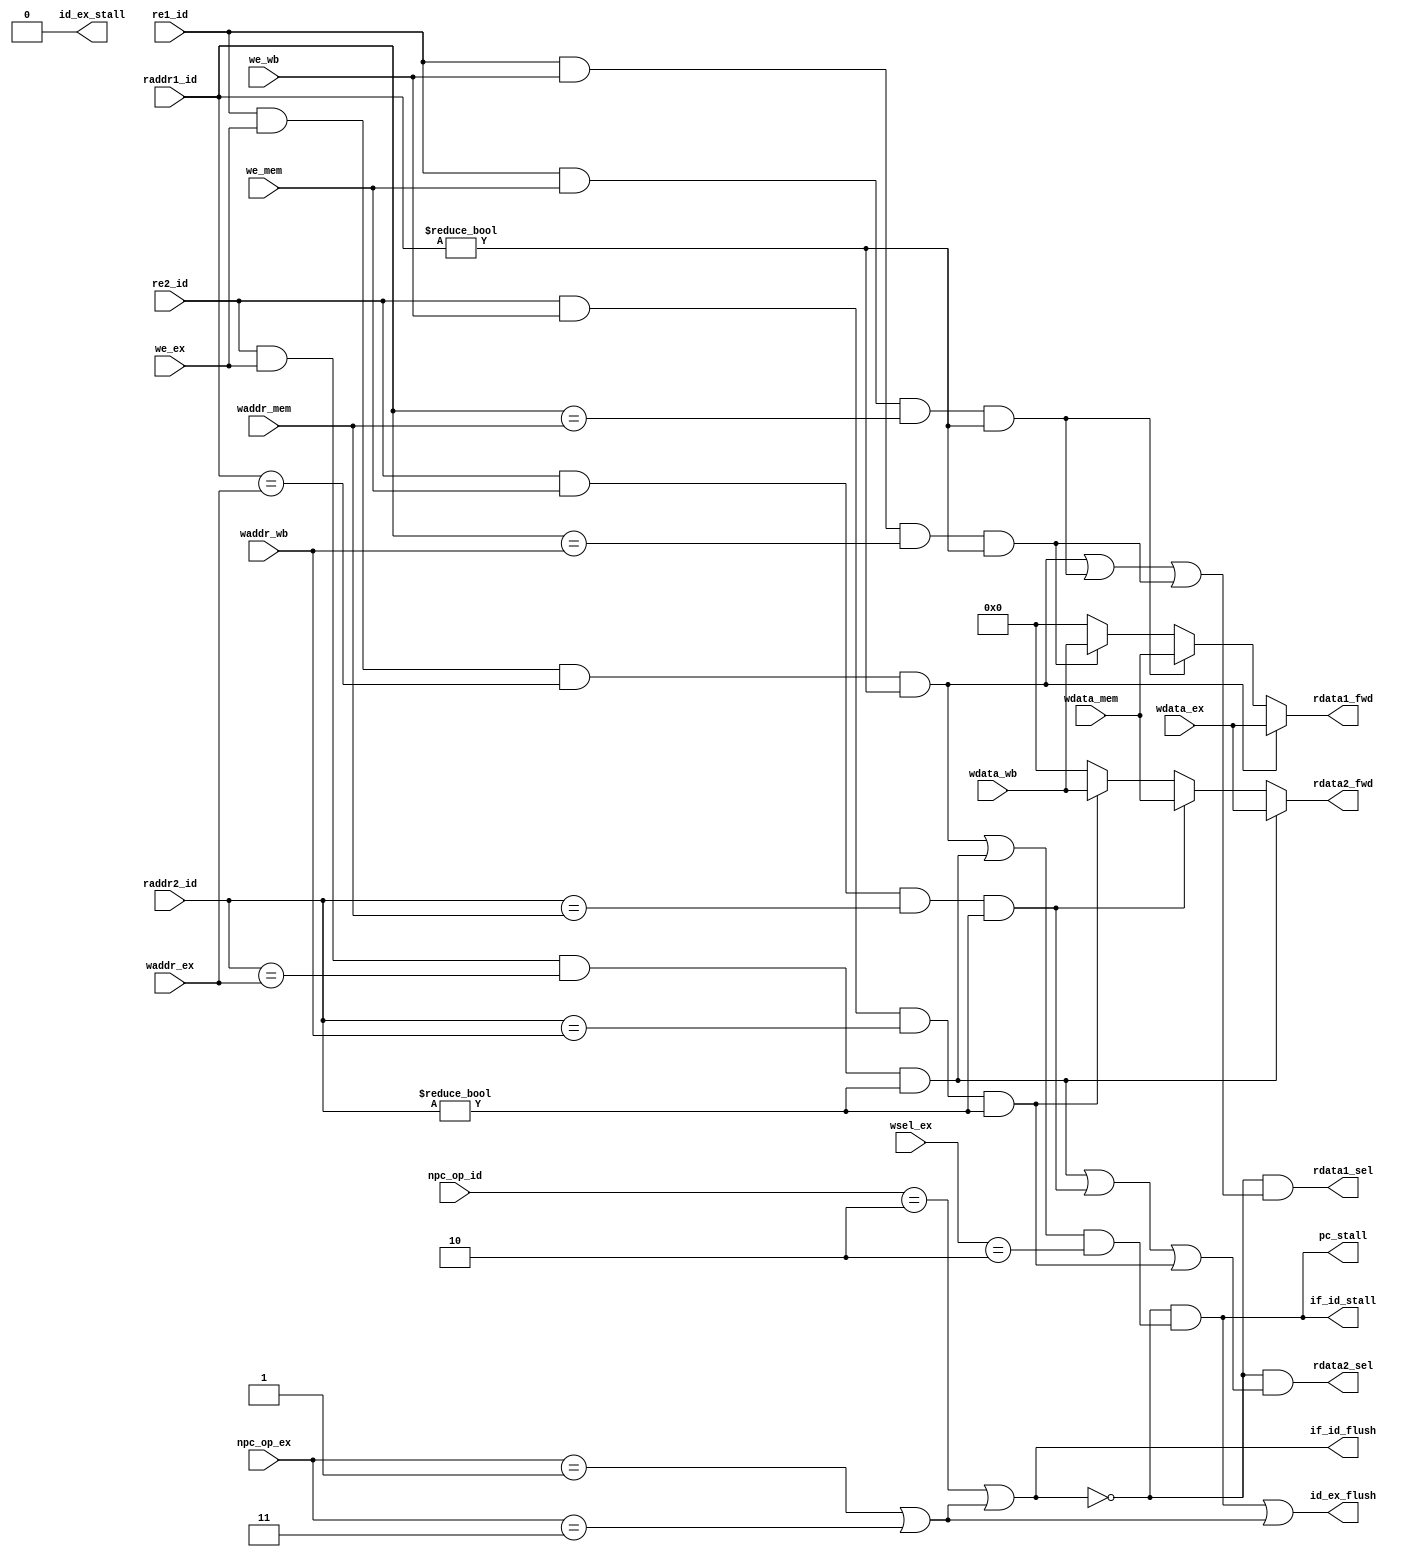
`timescale 1ns / 1ps

module hazard_unit (
    input wire [1:0] npc_op_id,
    input wire re1_id,
    input wire re2_id,
    input wire [4:0] raddr1_id,
    input wire [4:0] raddr2_id,

    input wire [1:0] npc_op_ex,
    input wire we_ex,
    input wire [1:0] wsel_ex,
    input wire [4:0] waddr_ex,
    input wire [31:0] wdata_ex,

    input wire we_mem,
    input wire [4:0] waddr_mem,
    input wire [31:0] wdata_mem,

    input wire we_wb,
    input wire [4:0] waddr_wb,
    input wire [31:0] wdata_wb,

    output wire pc_stall,
    output wire if_id_stall,
    output wire if_id_flush,
    output wire id_ex_stall,
    output wire id_ex_flush,

    output wire rdata1_sel,
    output wire rdata2_sel,
    output reg [31:0] rdata1_fwd,
    output reg [31:0] rdata2_fwd
);

    /*
        [Data Hazard (Without Forwarding)]
        InstA: PC (Write Reg)
        InstB: PC+4 (Read Reg)
        | PC            | IF->ID REG    | ID->EX REG    | EX->MEM REG    | MEM->WB REG    |
        | InstC         | InstB         | InstA         |                |                |
        | InstC(Stall)  | InstB(Stall)  | Bubble(Flush) | InstA          |                |
        | InstC(Stall)  | InstB(Stall)  | Bubble(Flush) | Bubble         | InstA          |
        | InstC(Stall)  | InstB(Stall)  | Bubble(Flush) | Bubble         | Bubble         |
        | InstD         | InstC         | InstB         | Bubble         | Bubble         |

        [Control Hazard (jal)]
        InstA: PC (jal)
        InstB: PC+4
        InstB': PC+offset
        | PC            | IF->ID REG    | ID->EX REG    | EX->MEM REG    | MEM->WB REG    |
        | InstB         | InstA         |               |                |                |
        | InstB'        | Bubble(Flush) | InstA         |                |                |
        | InstC'        | InstB'        | Bubble        | InstA          |                |

        [Control Hazard (B, jalr)]
        | PC            | IF->ID REG    | ID->EX REG    | EX->MEM REG    | MEM->WB REG    |
        | InstC         | InstB         | InstA         |                |                |
        | InstB'        | Bubble(Flush) | Bubble(Flush) | InstA          |                |
        | InstC'        | InstB'        | Bubble        | Bubble         | InstA          |
    */

    // Detect

    wire data1_ex = re1_id & we_ex & (raddr1_id == waddr_ex) & (raddr1_id != 5'b0);
    wire data1_mem = re1_id & we_mem & (raddr1_id == waddr_mem)  & (raddr1_id != 5'b0);
    wire data1_wb = re1_id & we_wb & (raddr1_id == waddr_wb)  & (raddr1_id != 5'b0);

    wire data2_ex = re2_id & we_ex & (raddr2_id == waddr_ex) & (raddr2_id != 5'b0);
    wire data2_mem = re2_id & we_mem & (raddr2_id == waddr_mem)  & (raddr2_id != 5'b0);
    wire data2_wb = re2_id & we_wb & (raddr2_id == waddr_wb)  & (raddr2_id != 5'b0);

    wire load_use = (data1_ex | data2_ex) & (wsel_ex == 2'd2);

    wire control_id = (npc_op_id == 2'd2);
    wire control_ex = (npc_op_ex == 2'd1) | (npc_op_ex == 2'd3);
    wire control = control_id | control_ex;

    // Forward

    assign rdata1_sel = ~control & (data1_ex | data1_mem | data1_wb);
    assign rdata2_sel = ~control & (data2_ex | data2_mem | data2_wb);

    always @ (*) begin
        if (data1_ex)
            rdata1_fwd = wdata_ex;
        else if (data1_mem)
            rdata1_fwd = wdata_mem;
        else if (data1_wb)
            rdata1_fwd = wdata_wb;
        else
            rdata1_fwd = 32'b0;
    end

    always @ (*) begin
        if (data2_ex)
            rdata2_fwd = wdata_ex;
        else if (data2_mem)
            rdata2_fwd = wdata_mem;
        else if (data2_wb)
            rdata2_fwd = wdata_wb;
        else
            rdata2_fwd = 32'b0;
    end

    // Stall & Flush

    wire load_use_t = ~control & load_use;
    assign pc_stall = load_use_t;
    assign if_id_stall = load_use_t;
    assign if_id_flush = control_id | control_ex;
    assign id_ex_stall = 1'b0;
    assign id_ex_flush = load_use_t | control_ex;

endmodule